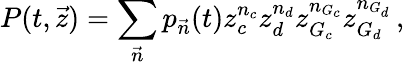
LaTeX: P(t,\vec{z})=\sum_{\vec{n}}p_{\vec{n}}(t)z_{c}^{n_{c}}z_{d}^{n_{d}}z_{G_{c}}^{n_{G_{c}}}z_{G_{d}}^{n_{G_{d}}}\, ,